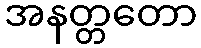
အနတ္တတော